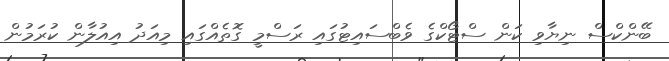
ބޭންކްސް ނިޔާވި ކަން ސްޓޯކްގެ ވެބްސައިޓުގައި ރަސްމީ ގޮތެއްގައި މިއަދު އިއުލާން ކުރަމުން